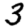
Digit: 3